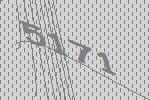
5171